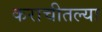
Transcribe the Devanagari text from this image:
कराचीतल्या